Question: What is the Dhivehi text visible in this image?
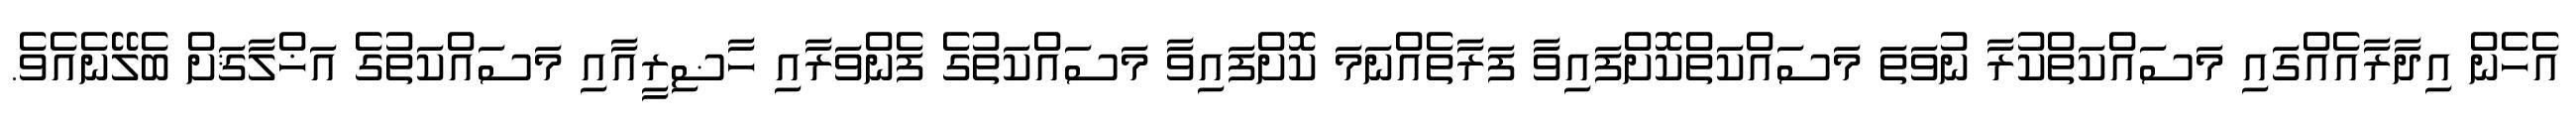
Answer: އެހެން އިދާރާއެއްގައި މަސައްކަތްކުރާ ނުވަތަ މަސައްކަތްކޮށްފައިވާ ފަރާތެއްނަމަ ކޮށްފައިވާ މަސައްކަތުގެ ފެންވަރާއި ހާޟިރީއާއި މަސައްކަތުގެ އަޚްލާޤަށް ބެލޭނެއެވެ.